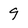
Character: 9